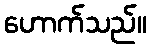
ဟောက်သည်။